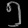
Digit: ၅